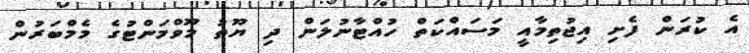
އެ ކުރަން ފެށި އިޖުތިމާއީ މަސައްކަތް ހުއްޓާނުލަން ދި ޔޫތު މޫވްމަންޓުގެ މެމްބަރުން